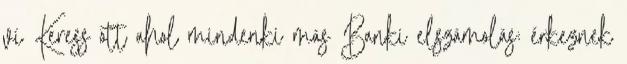
ví Keress ott ahol mindenki más Banki elszámolás: érkeznek